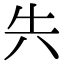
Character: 𭁆